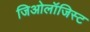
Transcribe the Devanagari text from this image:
जिओलॉजिस्ट